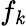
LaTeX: f_{\mathit{k}}